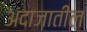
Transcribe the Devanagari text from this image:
अंदाजातील